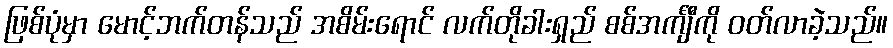
ဖြစ်ပုံမှာ မောင့်ဘက်တန်သည် အစိမ်းရောင် လက်တိုခါးရှည် စစ်အင်္ကျီကို ဝတ်လာခဲ့သည်။